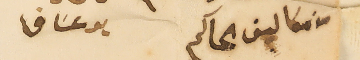
من مكاليف المحاكم                  بو عسَاف